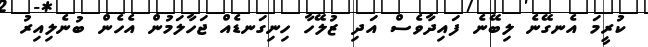
ކުރީމަ އެނގޭނެ ލިބޭނެ ފައިދާވެސް އަދި ޒުލޭހާ ހިނިގަނޑެއް ޖަހާލަމުން އެހެން ބުނެލިއިރު